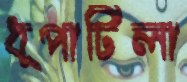
ধূপাটিলা